Annual administration report of the Civil Veterinary Department of India - 1898-1899
Year: 1898
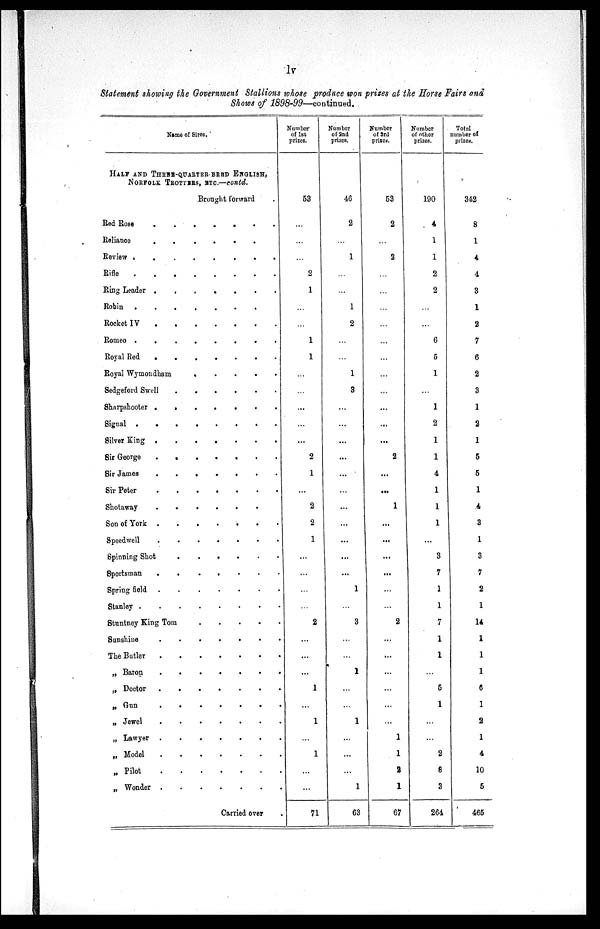
lv
Statement showing the Government Stallions whose produce soon prizes at the Horse Fairs and
Shows of 1898-99—continued.
Name of Sires.
HALF AND THREE-QUARTER-BRED ENGLISH,
NORFOLK TROTTERS, ETC.—contd.
Brought forward .
Red Rose . . . . . . . .
Reliance
.
.
.
.
.
.
.
.
Review
.
.
.
.
.
.
.
.
Rifle
.
.
.
.
.
.
.
.
Ring Leader
.
.
.
.
.
.
.
.
Robin
.
.
.
.
.
.
.
.
Rocket IV
.
.
.
.
Romeo
.
.
.
.
.
.
.
.
Royal Red
.
.
.
.
Royal Wymondham . . . . . . . .
Sedgeford Swell . . . . . . . .
Sharpshooter
.
.
.
.
.
.
.
.
Signal
.
.
.
.
.
.
.
.
Silver King
.
.
.
.
.
.
.
.
Sir George
.
.
.
.
.
.
.
.
Sir James
.
.
.
.
.
.
.
.
Sir Peter
.
.
.
.
.
.
.
.
Shotaway . . . . . . . .
Son of York
.
.
.
.
.
.
.
.
Speedwell
.
.
.
.
.
.
.
.
Spinning Shot
.
.
.
.
.
.
.
.
Sportsman
.
.
.
.
.
.
.
.
Spring field
.
.
.
.
.
.
.
.
Stanley
.
.
.
.
.
.
.
.
Stuntney King Tom . . . . . . . .
Sunshine
.
.
.
.
.
.
.
.
The Butler
.
.
.
.
.
.
.
.
„ Baron
.
.
.
.
.
.
.
.
„ Doctor
.
.
.
.
.
.
.
.
„ Gun
.
.
.
.
.
.
.
.
„ Jewel
.
.
.
.
.
.
.
.
„ Lawyer
.
.
.
.
.
.
.
.
„ Model
.
.
.
.
.
.
.
.
„ Pilot
.
.
.
.
.
.
.
.
„ Wonder
.
.
.
.
.
.
.
.
Carried over .
Number
of 1st
prizes.
53
...
...
...
2
1
...
...
1
1
...
...
...
...
...
2
1
...
2
2
1
...
...
...
...
2
...
...
...
1
...
1
...
1
...
...
71
Number
of 2nd
prizes.
46
2
...
1
...
...
1
2
...
...
1
3
...
...
...
...
...
...
...
...
...
...
...
1
...
3
...
...
1
...
...
1
...
...
...
1
63
Number
of 3rd
prized.
53
2
...
2
...
...
...
...
...
...
...
...
...
...
...
2
...
...
1
...
...
...
...
...
...
2
...
...
...
...
...
...
1
1
2
1
67
Number
of other
prizes.
190
4
1
1
2
2
...
...
6
5
1
...
1
2
1
1
4
1
1
1
...
3
7
1
1
7
1
1
...
5
1
...
...
2
8
3
264
Total
number of
prized.
342
8
1
4
4
3
1
2
7
6
2
3
1
2
1
5
5
1
4
3
1
3
7
2
1
14
1
1
1
6
1
2
1
4
10
5
465